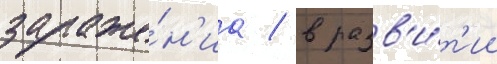
зараже́н'иа / в разв'и́т'ии